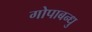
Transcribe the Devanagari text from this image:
गोपाबन्धु